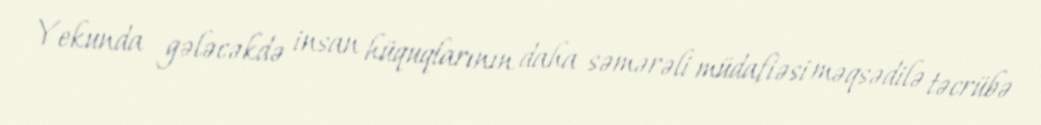
Yekunda gələcəkdə insan hüquqlarının daha səmərəli müdafiəsi məqsədilə təcrübə